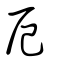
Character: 厄